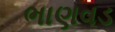
ભાણવડ